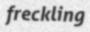
freckling